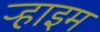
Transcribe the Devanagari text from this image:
ऱ्हाइम